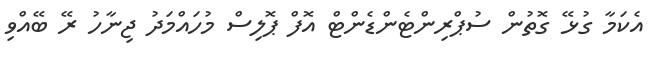
އެކަމާ ގުޅޭ ގޮތުން ސުޕްރިންޓެންޑެންޓް އޮފް ޕޮލިސް މުހައްމަދު ޖިނާހު ރޭ ބޭއްވި